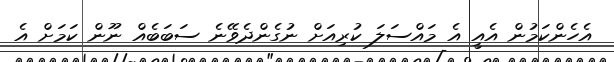
އެހެންކަމުން އެއީ އެ މައްސަލަ ކުރިއަށް ނުގެންދެވޭނެ ސަބަބެއް ނޫން ކަމަށް އެ